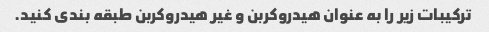
ترکیبات زیر را به عنوان هیدروکربن و غیر هیدروکربن طبقه بندی کنید.